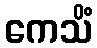
ကေသိံ